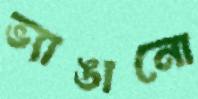
ভ্যাঙানো